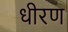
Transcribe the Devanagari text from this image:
धीरण